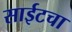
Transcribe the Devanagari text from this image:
साईटचा